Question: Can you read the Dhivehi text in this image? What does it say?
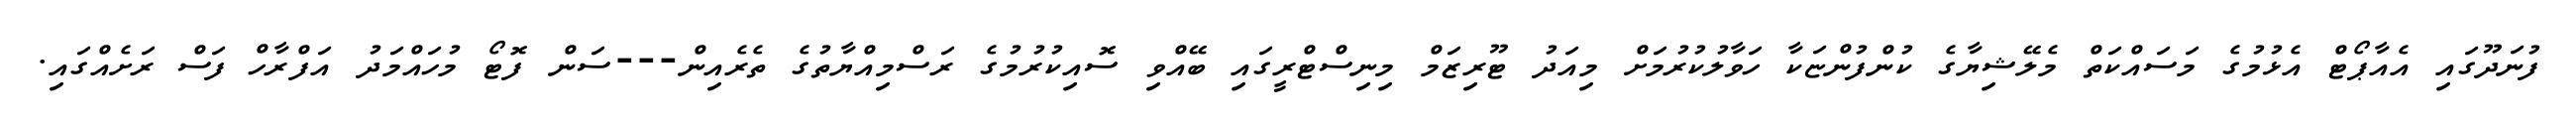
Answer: ފުނަދޫގައި އެއާޕޯޓް އެޅުމުގެ މަސައްކަތް މެލޭޝިޔާގެ ކުންފުންޏަކާ ހަވާލުކުރުމަށް މިއަދު ޓޫރިޒަމް މިނިސްޓްރީގައި ބޭއްވި ސޮއިކުރުމުގެ ރަސްމިއްޔާތުގެ ތެރެއިން---ސަން ފޮޓޯ މުހައްމަދު އަފްރާހް ފަސް ރަށެއްގައި.